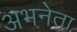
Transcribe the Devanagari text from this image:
अभनेता